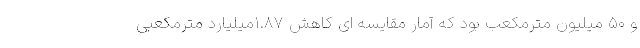
و ۵۰ میلیون مترمکعب بود که آمار مقایسه ای کاهش ۱.۸۷میلیارد مترمکعبی